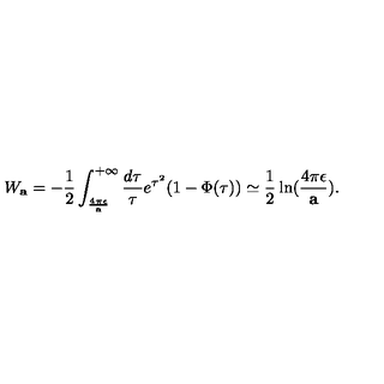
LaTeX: W _ { \bf a } = - { \frac { 1 } { 2 } } \int _ { \frac { 4 \pi \epsilon } { \bf a } } ^ { + \infty } { \frac { d \tau } { \tau } } e ^ { \tau ^ { 2 } } ( 1 - \Phi ( \tau ) ) \simeq { \frac { 1 } { 2 } } \ln ( { \frac { 4 \pi \epsilon } { \bf a } } ) .